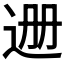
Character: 𬨡